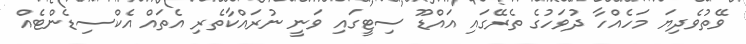
ވޭތުވެދިޔަ މަހެއްހާ ދުވަހުގެ ތެރޭގައި އައްޑޫ ސިޓީގައި ވަނީ ނުރައްކާތެރި އެތައް އެކްސިޑެންޓެއް